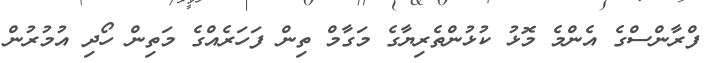
ފްރާންސްގެ އެންމެ މޮޅު ކުޅުންތެރިޔާގެ މަގާމް ތިން ފަހަރެއްގެ މަތިން ހޯދި އުމުރުން